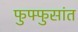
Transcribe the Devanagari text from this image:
फुफ्फुसांत